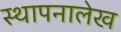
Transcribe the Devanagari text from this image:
स्थापनालेख